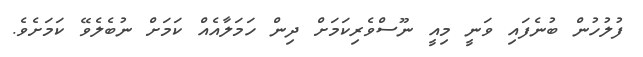
ފުލުހުން ބުނެފައި ވަނީ މިއީ ނޫސްވެރިކަމަށް ދިން ހަމަލާއެއް ކަމަށް ނުބެލެވޭ ކަމަށެވެ.